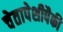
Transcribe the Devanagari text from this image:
चेतापेशीपैकी